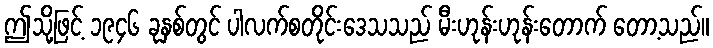
ဤသို့ဖြင့် ၁၉၄၆ ခုနှစ်တွင် ပါလက်စတိုင်းဒေသသည် မီးဟုန်းဟုန်းတောက် တော့သည်။